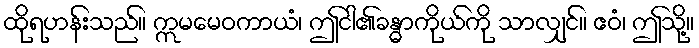
ထိုရဟန်းသည်။ ဣမမေဝကာယံ၊ ဤငါ၏ခန္ဓာကိုယ်ကို သာလျှင်။ ဧဝံ၊ ဤသို့။